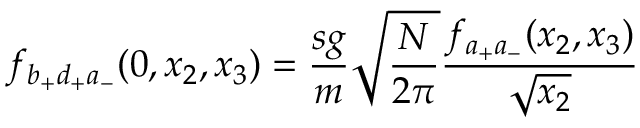
f _ { b _ { + } d _ { + } a _ { - } } ( 0 , x _ { 2 } , x _ { 3 } ) = \frac { s g } { m } \sqrt { \frac { N } { 2 \pi } } \frac { f _ { a _ { + } a _ { - } } ( x _ { 2 } , x _ { 3 } ) } { \sqrt { x _ { 2 } } }